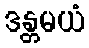
ဒန္တမယံ